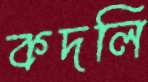
কদলি